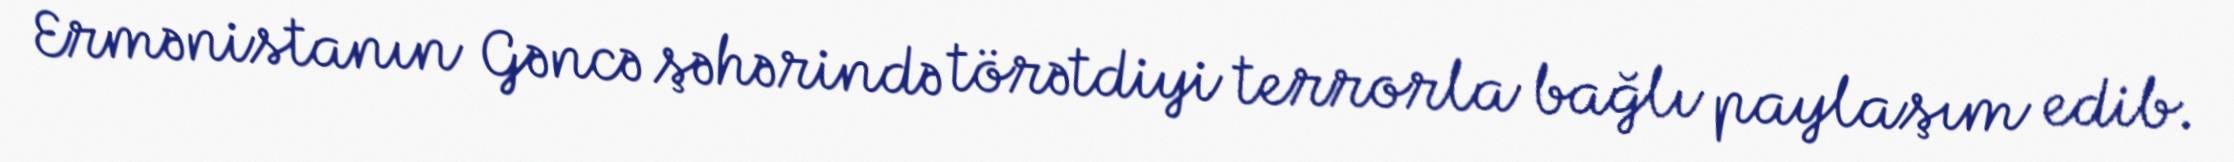
Ermənistanın Gəncə şəhərində törətdiyi terrorla bağlı paylaşım edib.